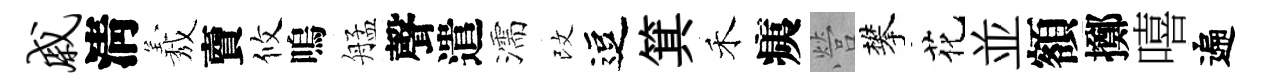
戚淸𦏁𧶠攸嗚艋聲遣濡改逗箕禾痍營攀花並額擲嘻遍